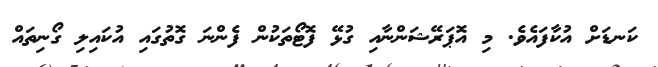
ކަނޑަށް އުކާފައެވެ. މި އޮޕަރޭޝަންނާއި ގުޅޭ ފޮޓޯތަކުން ފެންނަ ގޮތުގައި އުކައިލި ގޯނިތައް